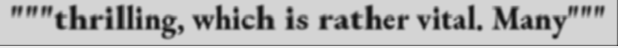
"""thrilling, which is rather vital. Many"""